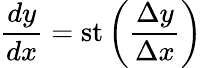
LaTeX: {\frac{dy}{dx}}=\mathrm{st}\left({\frac{\Delta y}{\Delta x}}\right)